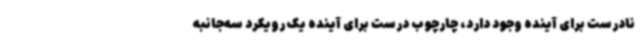
نادرست برای آینده وجود دارد، چارچوب درست برای آینده یک رویکرد سه‌جانبه